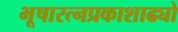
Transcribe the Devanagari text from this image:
भूषारत्नप्रकाशाढ्यो